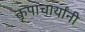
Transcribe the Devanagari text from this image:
कृपाचार्यांनी